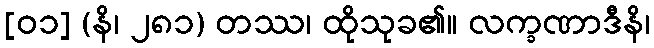
[၀၁] (နိ၊ ၂၈၁) တဿ၊ ထိုသုခ၏။ လက္ခဏာဒီနိ၊